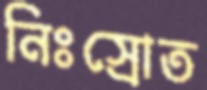
নিঃস্রোত